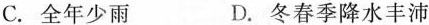
C.全年少雨 D.冬春季降水丰沛